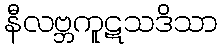
နီလဗ္ဘကူဋသဒိသာ